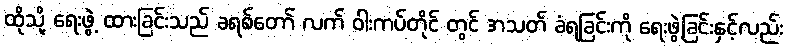
ထိုသို့ ရေးဖွဲ့ ထားခြင်းသည် ခရစ်တော် လက် ဝါးကပ်တိုင် တွင် အသတ် ခံရခြင်းကို ရေးဖွဲ့ခြင်းနှင့်လည်း